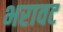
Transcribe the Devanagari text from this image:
भरावट